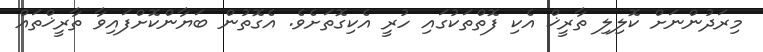
މިރަދުންނަށް ކޮލިލި ތާރީޚް އެކި ފޮތްތަކުގައި ހުރީ އެކިގޮތަށެވެ. އެގޮތުން ބަޔާންކޮށްފައިވާ ތާރީޚްތައް